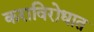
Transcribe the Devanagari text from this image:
कराविरोधात